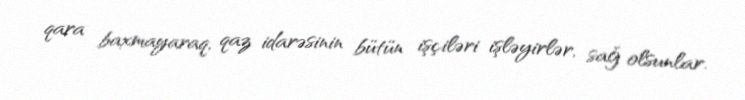
qara baxmayaraq, qaz idarəsinin bütün işçiləri işləyirlər, sağ olsunlar.